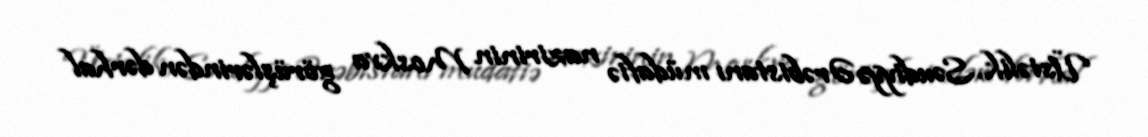
Üstəlik, Səudiyyə Ərəbistanı müdafiə nazirinin Moskva görüşlərindən dərhal